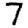
Digit: 7